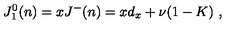
J _ { 1 } ^ { 0 } ( n ) = x J ^ { - } ( n ) = x d _ { x } + \nu ( 1 - K ) \ ,